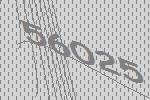
56025